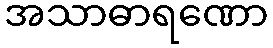
အသာဓာရဏော